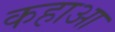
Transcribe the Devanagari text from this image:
कहाआ